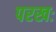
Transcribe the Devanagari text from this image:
परखः